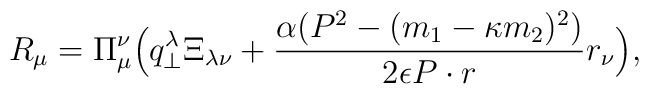
R_\mu = \Pi _\mu ^\nu \Bigl( q_\bot^\lambda \Xi_{\lambda \nu} +\frac{\alpha \bigl(P^2 - (m_1 - \kappa m_2)^2\bigr)}{2\epsilon P\cdot r}r_\nu \Bigr) ,